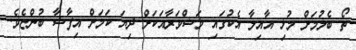
ތޯ ބެލުމަށް މުޅި އާއިލާ އެކުގައި މަޝްވަރާއަކަށް ދިޔަ ކަމަށް އިފާޝާ ބުންޏެވެ.